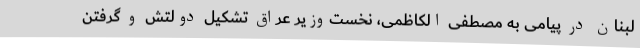
لبنان در پیامی به مصطفی الکاظمی، نخست‌وزیر عراق تشکیل دولتش و گرفتن